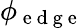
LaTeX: \phi_{\mathrm{~e~d~g~e~}}